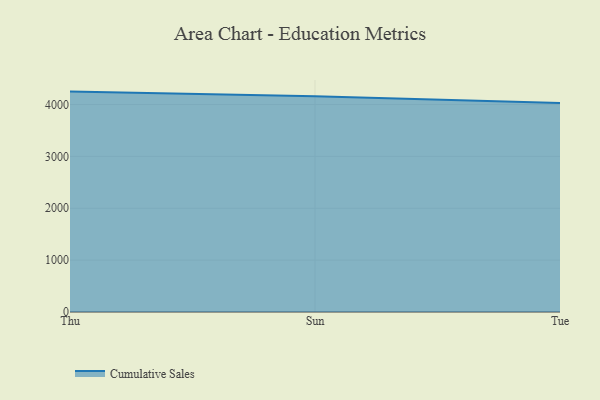
{"axis": {"x": "Day", "y": "Active Users"}, "legend": ["Cumulative Sales"], "data": [{"x": "Thu", "y": 4249.3, "type": "Cumulative Sales"}, {"x": "Sun", "y": 4157.5, "type": "Cumulative Sales"}, {"x": "Tue", "y": 4031.3, "type": "Cumulative Sales"}]}